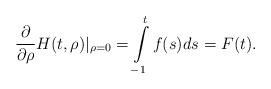
LaTeX: \begin{align*}\frac{\partial}{\partial \rho}H(t,\rho)|_{\rho=0}=\int\limits_{-1}^tf(s)ds=F(t). \end{align*}